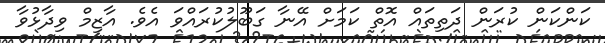
ކަންކަން ކުރަން ދަތިތައް އޮތް ކަމަށް އޭނާ ގަބޫލުކުރައްވަ އެވެ. އާޒިމް ވިދާޅުވާ